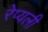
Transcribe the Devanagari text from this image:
रेप्यली